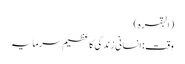
(البقرہ)
وقت : انسانی زندگی کا عظیم سرمایہ